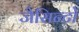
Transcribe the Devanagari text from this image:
जैसिन्टो